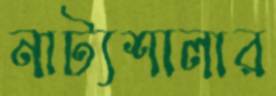
নাট্যশালার